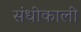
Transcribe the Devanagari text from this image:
संधीकाली